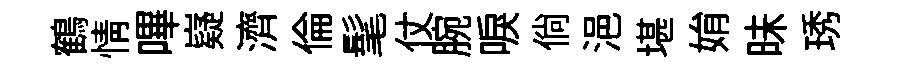
鶴情嗶嶷濟倫髦仗腕唳倘浥堪姢昧琇